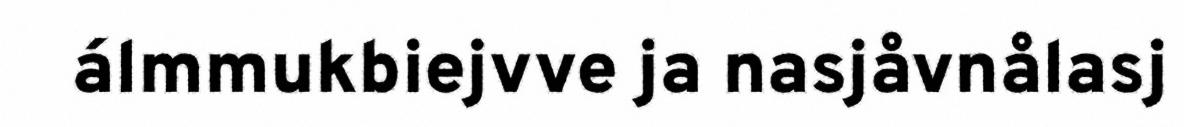
álmmukbiejvve ja nasjåvnålasj